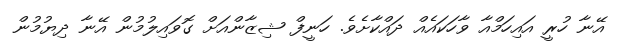
އޭނާ ހުރީ އައިހަމްއާ ވާހަކައެއް ދައްކާށެވެ. ހަނީފް ޝިޒާންއަށް ގޮވައިލުމުން އޭނާ ދިޔުމުން